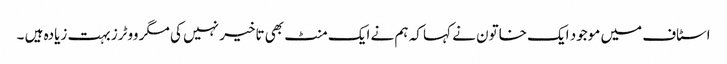
اسٹاف میں موجود ایک خاتون نے کہا کہ ہم نے ایک منٹ بھی تاخیر نہیں کی مگر ووٹرز بہت زیادہ ہیں ۔